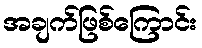
အချက်ဖြစ်ကြောင်း